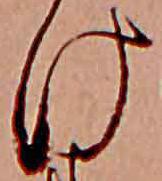
け